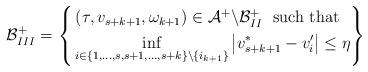
LaTeX: \begin{align*}\mathcal{B}^+_{III} = \left\{\begin{aligned}& \left(\tau,v_{s+k+1},\omega_{k+1}\right)\in\mathcal{A}^+\backslash\mathcal{B}^+_{II}\; \textnormal{ such that } \\& \inf_{i\in\left\{1,\dots,s,s+1,\dots,s+k\right\}\backslash \left\{i_{k+1}\right\}}\left|v_{s+k+1}^* - v_i^\prime \right| \leq \eta\end{aligned}\right\}\end{align*}